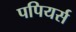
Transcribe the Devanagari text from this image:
पपियर्स